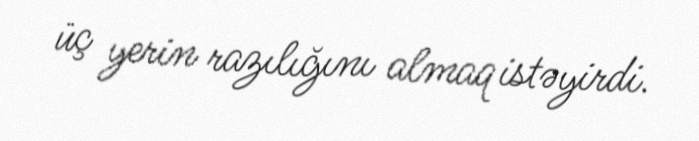
üç yerin razılığını almaq istəyirdi.